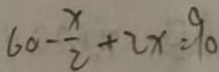
6 0 - \frac { x } { 2 } + 2 x = 9 0